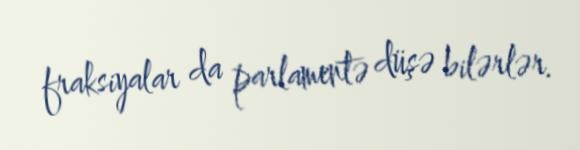
fraksiyalar da parlamentə düşə bilərlər.